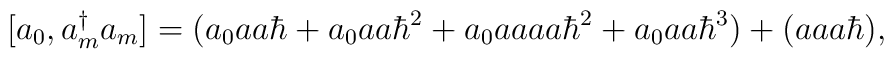
[a_{0},a_{m}^{\dagger}a_{m}]=(a_{0}aa\hbar+a_{0}aa\hbar^{2}+a_{0}aaaa\hbar^{2}+a_{0}aa\hbar^{3})+(aaa\hbar),